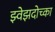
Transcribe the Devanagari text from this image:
झ्वेझदोच्का